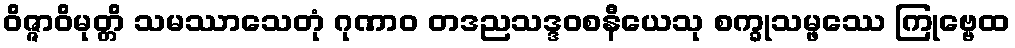
ဝိဇ္ဇာဝိမုတ္တိ သမဿာသေတုံ ဂုဏာဝ တဒညသဒ္ဒဝစနီယေသု စက္ခုသမ္ဖဿေ ကြုဗ္ဗေထ